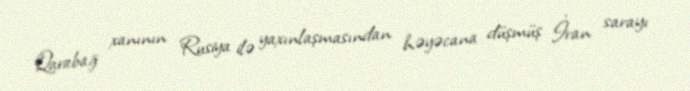
Qarabağ xanının Rusiya ilə yaxınlaşmasından həyəcana düşmüş İran sarayı